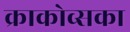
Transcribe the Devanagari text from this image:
क्राकोव्सका